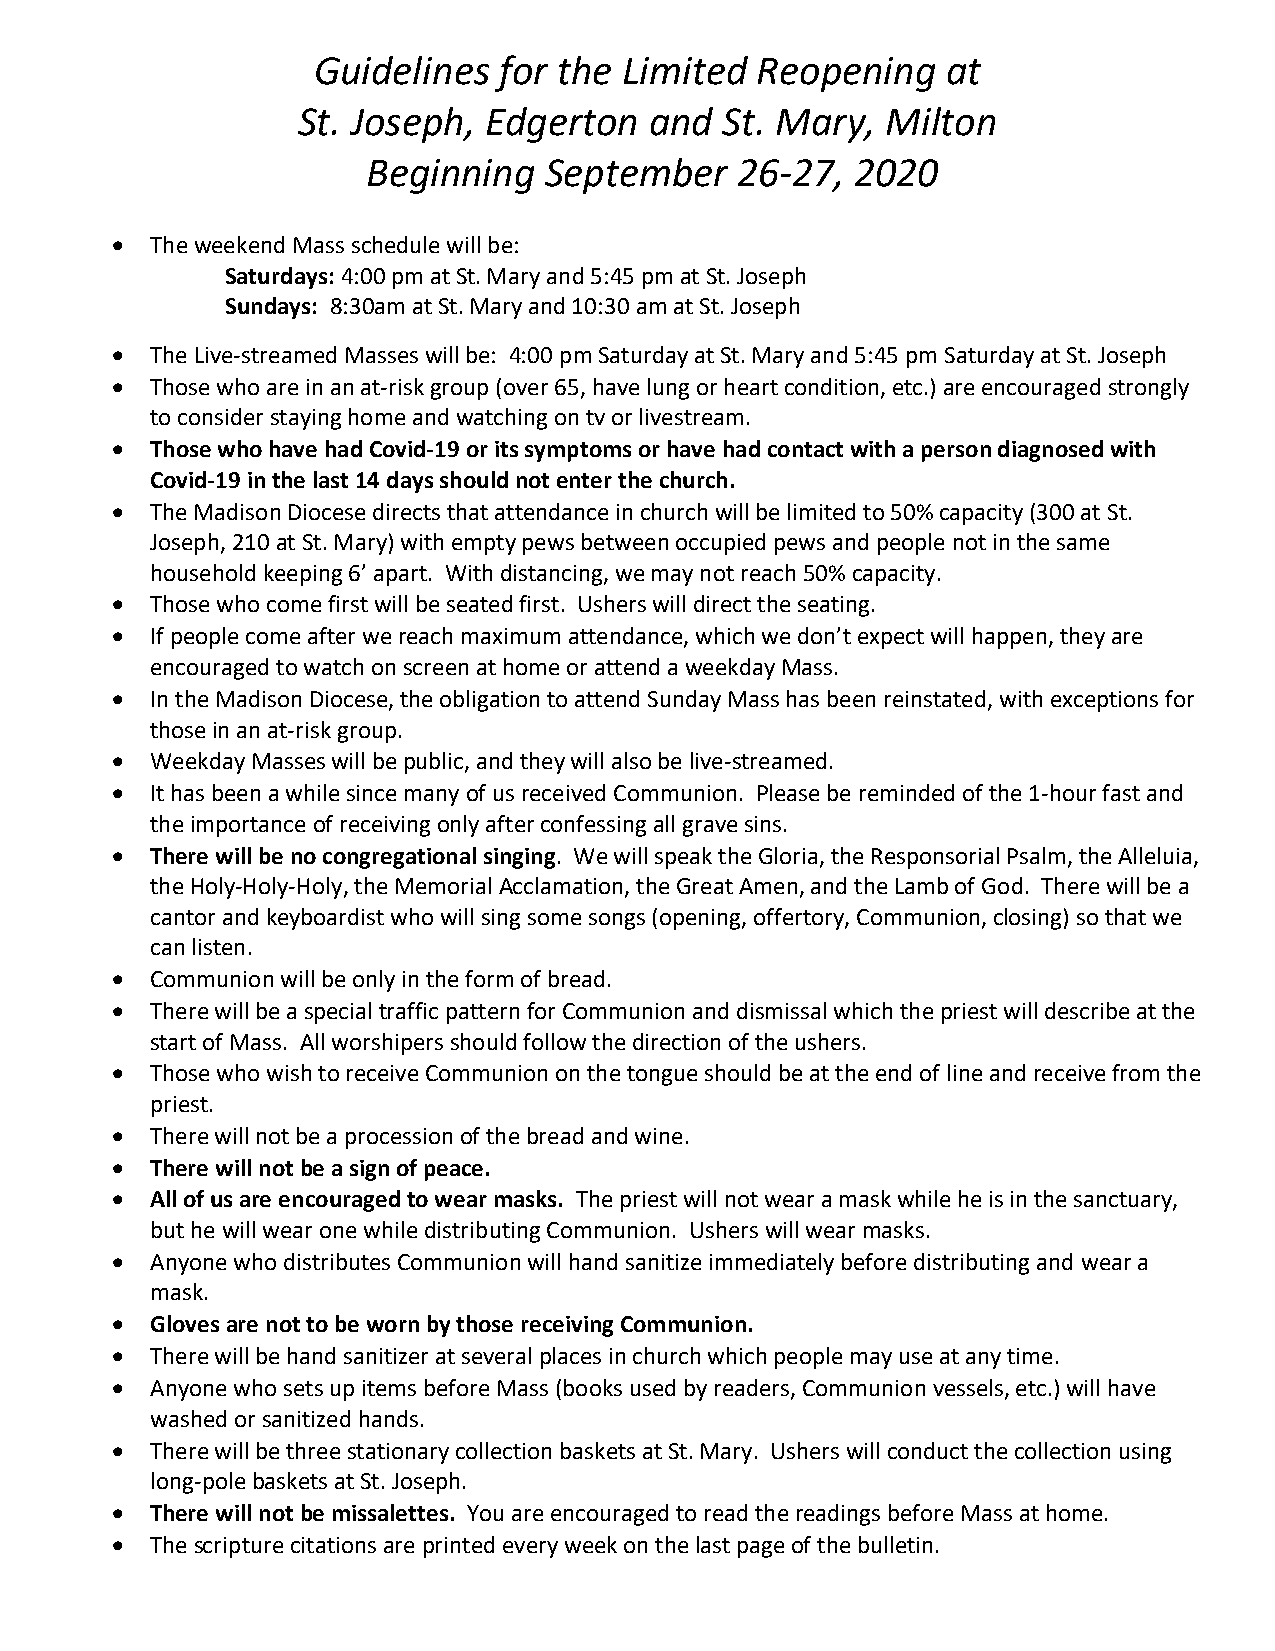
Guidelines  for the Limited  Reopening    at
 St. Joseph, Edgerton   and  St. Mary,  Milton
 Beginning   September    26-27,  2020
 •  The weekend Mass schedule will be:
 Saturdays: 4:00 pm at St. Mary and 5:45 pm at St. Joseph
 Sundays: 8:30am at St. Mary and 10:30 am at St. Joseph
 •  The Live-streamed Masses will be: 4:00 pm Saturday at St. Mary and 5:45 pm Saturday at St. Joseph
 •  Those who are in an at-risk group (over 65, have lung or heart condition, etc.) are encouraged strongly
 to consider staying home and watching on tv or livestream.
 •  Those who have had Covid-19 or its symptoms or have had contact with a person diagnosed with
 Covid-19 in the last 14 days should not enter the church.
 •  The Madison Diocese directs that attendance in church will be limited to 50% capacity (300 at St.
 Joseph, 210 at St. Mary) with empty pews between occupied pews and people not in the same
 household keeping 6’ apart. With distancing, we may not reach 50% capacity.
 •  Those who come first will be seated first. Ushers will direct the seating.
 •  If people come after we reach maximum attendance, which we don’t expect will happen, they are
 encouraged to watch on screen at home or attend a weekday Mass.
 •  In the Madison Diocese, the obligation to attend Sunday Mass has been reinstated, with exceptions for
 those in an at-risk group.
 •  Weekday Masses will be public, and they will also be live-streamed.
 •  It has been a while since many of us received Communion. Please be reminded of the 1-hour fast and
 the importance of receiving only after confessing all grave sins.
 •  There will be no congregational singing. We will speak the Gloria, the Responsorial Psalm, the Alleluia,
 the Holy-Holy-Holy, the Memorial Acclamation, the Great Amen, and the Lamb of God. There will be a
 cantor and keyboardist who will sing some songs (opening, offertory, Communion, closing) so that we
 can listen.
 •  Communion will be only in the form of bread.
 •  There will be a special traffic pattern for Communion and dismissal which the priest will describe at the
 start of Mass. All worshipers should follow the direction of the ushers.
 •  Those who wish to receive Communion on the tongue should be at the end of line and receive from the
 priest.
 •  There will not be a procession of the bread and wine.
 •  There will not be a sign of peace.
 •  All of us are encouraged to wear masks. The priest will not wear a mask while he is in the sanctuary,
 but he will wear one while distributing Communion. Ushers will wear masks.
 •  Anyone who distributes Communion will hand sanitize immediately before distributing and wear a
 mask.
 •  Gloves are not to be worn by those receiving Communion.
 •  There will be hand sanitizer at several places in church which people may use at any time.
 •  Anyone who sets up items before Mass (books used by readers, Communion vessels, etc.) will have
 washed or sanitized hands.
 •  There will be three stationary collection baskets at St. Mary. Ushers will conduct the collection using
 long-pole baskets at St. Joseph.
 •  There will not be missalettes. You are encouraged to read the readings before Mass at home.
 •  The scripture citations are printed every week on the last page of the bulletin.